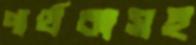
পার্থক্যসহ